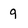
Character: g